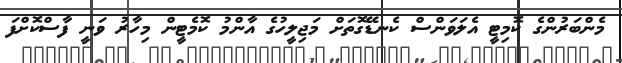
މެންބަރުންގެ ކޮމިޓީ އެލަވަންސް ކެނޑޭގޮތަށް މަޖިލީހުގެ އާންމު ކޮމެޓީން މިހާރު ވަނީ ފާސްކޮށްފަ